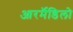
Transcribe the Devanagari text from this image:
आरर्मॅडिलो